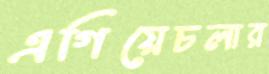
এগিয়েচলার